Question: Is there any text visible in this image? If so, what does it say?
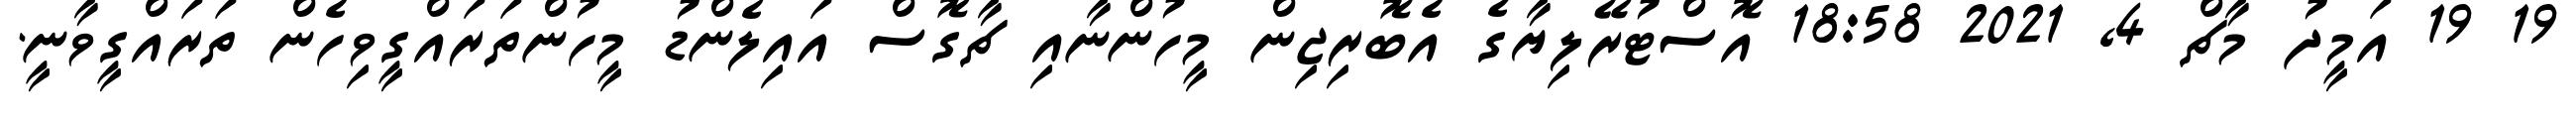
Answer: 19 19 އަމީދު މާޗް 4, 2021 18:58 އޮސްޓުރޭލިޔާގެ އެބޮރިޖިން މީހުންނާއި ޗާގޮސް އައިލެންޑު މީހުންތަރައްގީވިހެން ތަރައްގީވާނީ.